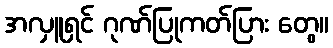
အလှူရှင် ဂုဏ်ပြုကတ်ပြား တွေ။